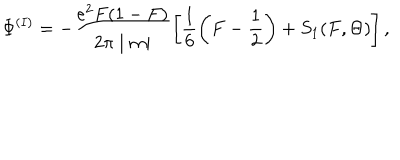
\Phi ^ { ( I ) } = - \frac { e ^ { 2 } F ( 1 - F ) } { 2 \pi \mid m \mid } \left[ \frac { 1 } { 6 } \left( F - \frac { 1 } { 2 } \right) + S _ { 1 } ( F , \Theta ) \right] ,